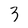
Character: 3